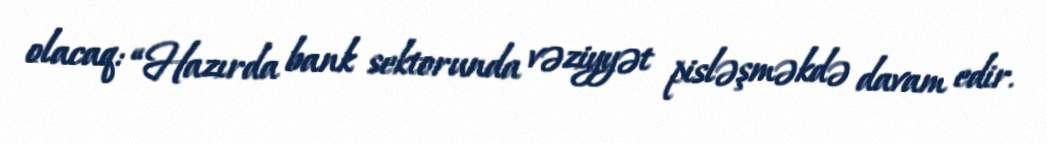
olacaq: “Hazırda bank sektorunda vəziyyət pisləşməkdə davam edir.